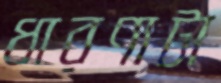
ধারণাটা